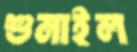
শুনাইল